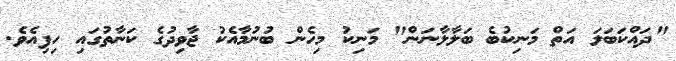
"ދައްކަބަލަ އަތް މަނިކުބެ ބަލާލާނަން" މަނިކު މިހެން ބުނުމާއެކު ޖާވިދުގެ ކަނާތުގައި ހިފިއެވެ.